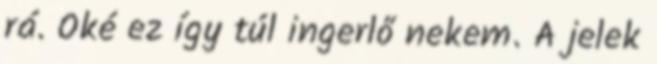
rá. Oké ez így túl ingerlő nekem. A jelek